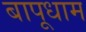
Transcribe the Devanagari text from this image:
बापूधाम